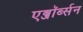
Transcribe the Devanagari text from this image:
एब्जॉर्ब्सन